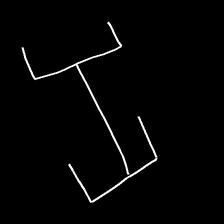
Glyph: entwine